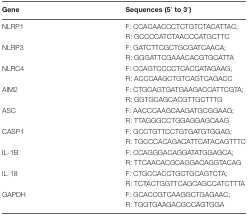
| Gene | Sequences (5′ to 3′) |
 | --- | --- |
 | NLRP1 | F: CCACAACCCTCTGTCTACATTAC;R: GCCCCATCTAACCCATGCTTC |
 | NLRP3 | F: GATCTTCGCTGCGATCAACA;R: GGGATTCGAAACACGTGCATTA |
 | NLRC4 | F: CCAGTCCCCTCACCATAGAAG;R: ACCCAAGCTGTCAGTCAGACC |
 | AIM2 | F: CTGCAGTGATGAAGACCATTCGTA;R: GGTGCAGCACGTTGCTTTG |
 | ASC | F: AACCCAAGCAAGATGCGGAAG;R: TTAGGGCCTGGAGGAGCAAG |
 | CASP1 | F: GCCTGTTCCTGTGATGTGGAG;R: TGCCCACAGACATTCATACAGTTTC |
 | IL-1B | F: CCAGGGACAGGATATGGAGCA;R: TTCAACACGCAGGACAGGTACAG |
 | IL-18 | F: CTGCCACCTGCTGCAGTCTA;R: TCTACTGGTTCAGCAGCCATCTTTA |
 | GAPDH | F: GCACCGTCAAGGCTGAGAAC;R: TGGTGAAGACGCCAGTGGA |